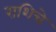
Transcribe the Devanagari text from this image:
राशिचे